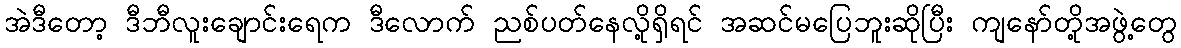
အဲဒီတော့ ဒီဘီလူးချောင်းရေက ဒီလောက် ညစ်ပတ်နေလို့ရှိရင် အဆင်မပြေဘူးဆိုပြီး ကျနော်တို့အဖွဲ့တွေ